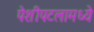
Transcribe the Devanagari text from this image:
पेशीपटलामध्ये